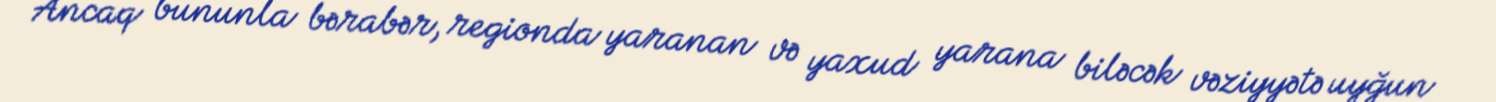
Ancaq bununla bərabər, regionda yaranan və yaxud yarana biləcək vəziyyətə uyğun